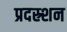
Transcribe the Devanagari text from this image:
प्रदस्र्शन